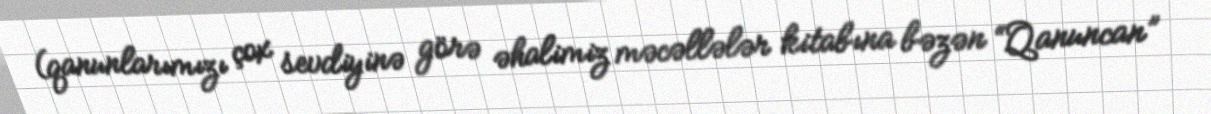
(qanunlarımızı çox sevdiyinə görə əhalimiz məcəllələr kitabına bəzən “Qanuncan”